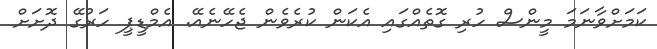
ކަމަށްވާނަމަ މީންސް ހުރި ގޮތެއްގައި އެކަން ކުރެވެން ޖެހޭނެއޭ. އެމްޑީޕީ ހަރުގޭ ދޮށަށް